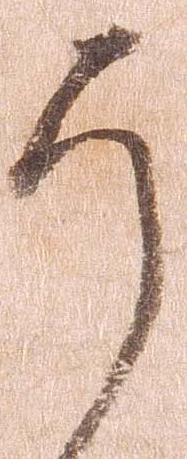
そ